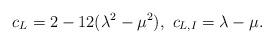
LaTeX: \begin{align*}c_{L}=2-12(\lambda^{2}-\mu^{2}),\ c_{L,I}=\lambda-\mu. \end{align*}